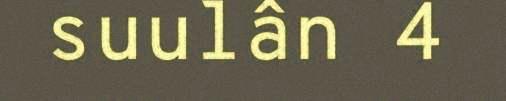
suulân 4